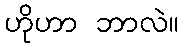
ဟိုဟာ ဘာလဲ။